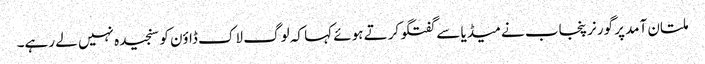
ملتان آمد پر گورنر پنجاب نے میڈیا سے گفتگو کرتے ہوئے کہا کہ لوگ لاک ڈاؤن کو سنجیدہ نہیں لے رہے۔